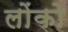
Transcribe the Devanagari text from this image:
लोंको